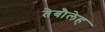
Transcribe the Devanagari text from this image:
तेबौलेह